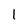
Character: 1